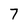
Character: 7